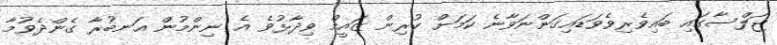
ޖަލްސާގައި ބައިވެރިވެވަޑައިގަންނަވާނެ ކަމަށް ކުރިން ޒައީމް ވިދާޅުވެ އެ ނިންމުން އަނބުރާ ގެންދެވުމާ